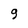
Character: 9